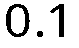
0.1